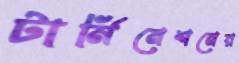
টার্মিনেশনের